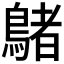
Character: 𪃲